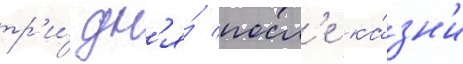
тр'и́ дн'я́ посл'е ка́зн'и